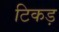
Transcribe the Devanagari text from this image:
टिकड़